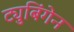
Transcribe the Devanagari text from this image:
ट्युबिंगेन